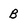
Character: B